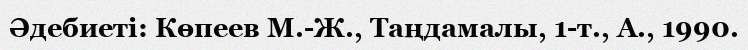
Әдебиеті: Көпеев М.-Ж., Таңдамалы, 1-т., А., 1990.